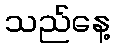
သည်နေ့